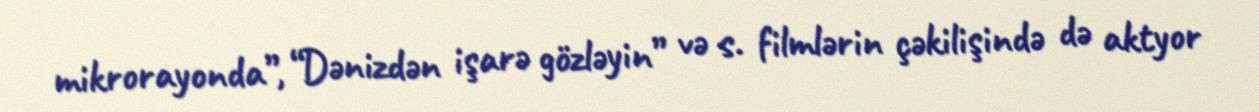
mikrorayonda”, “Dənizdən işarə gözləyin” və s. filmlərin çəkilişində də aktyor